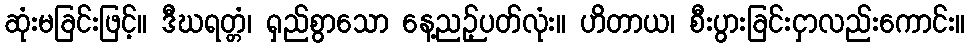
ဆုံးမခြင်းဖြင့်။ ဒီဃရတ္တံ၊ ရှည်စွာသော နေ့ညဉ့်ပတ်လုံး။ ဟိတာယ၊ စီးပွားခြင်းငှာလည်းကောင်း။